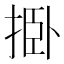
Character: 𰓺